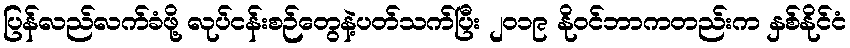
ပြန်လည်လက်ခံဖို့ လုပ်ငန်းစဉ်တွေနဲ့ပတ်သက်ပြီး ၂၀၁၉ နိုဝင်ဘာကတည်းက နှစ်နိုင်ငံ